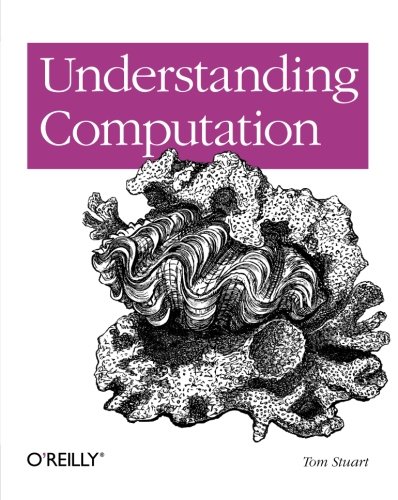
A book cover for Understanding Computation: From Simple Machines to Impossible Programs; Tom Stuart; Computers & Technology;